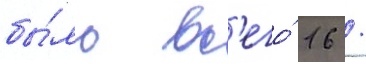
бы́ло вс'его́ 16 /